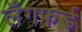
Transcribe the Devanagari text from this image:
लँगफर्ड